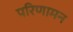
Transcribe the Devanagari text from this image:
परिणामन